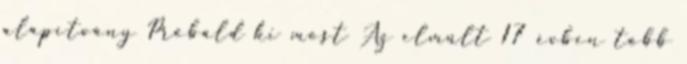
alapítvány Próbáld ki most Az elmúlt 17 évben több